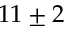
1 1 \pm 2